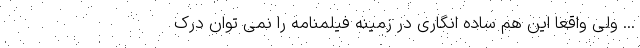
... ولی واقعا این هم ساده انگاری در زمینه فیلمنامه را نمی توان درک